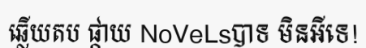
ឆ្លើយតប ផ្កាយ NoVeLsបាទ មិនអីទេ!